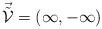
LaTeX: \begin{align*}\vec{\tilde{\cal{V}}}=(1,-1)\end{align*}